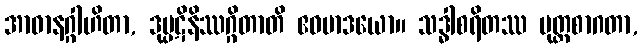
အာဓာနဂ္ဂါဟိတာ, ဒုပ္ပဋိနိဿဂ္ဂိတာတိ ဧဝမာဒယော။ သဒ္ဓါစရိတဿ မုတ္တစာဂတာ,